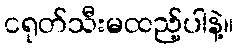
ငရုတ်သီးမထည့်ပါနဲ့။